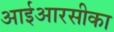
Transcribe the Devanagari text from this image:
आईआरसीका